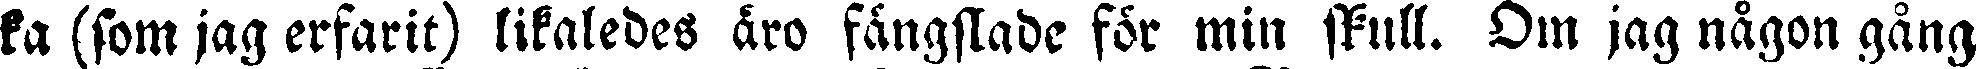
ka (som jag erfarit) likaledes äro fängslade för min skull. Om jag någon gång